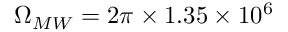
\Omega _ { M W } = 2 \pi \times 1 . 3 5 \times 1 0 ^ { 6 }